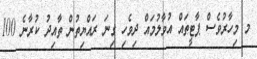
މ މިހާރުވެސް ޕާޓީތައް އުވާލުމައް ދިވެހި ގިނަ ރައްޔިތުން ތާއިދު ކުރާނެ 100